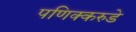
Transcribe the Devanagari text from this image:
पणिक्करुडे